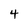
Character: 4